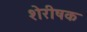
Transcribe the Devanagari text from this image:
शेरीषक